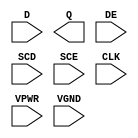
module sky130_fd_sc_hs__sedfxtp (
    //# {{data|Data Signals}}
    input  D   ,
    output Q   ,

    //# {{control|Control Signals}}
    input  DE  ,

    //# {{scanchain|Scan Chain}}
    input  SCD ,
    input  SCE ,

    //# {{clocks|Clocking}}
    input  CLK ,

    //# {{power|Power}}
    input  VPWR,
    input  VGND
);
endmodule